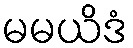
မမယိဒံ